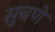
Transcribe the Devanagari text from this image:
सुचणे